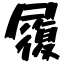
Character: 履